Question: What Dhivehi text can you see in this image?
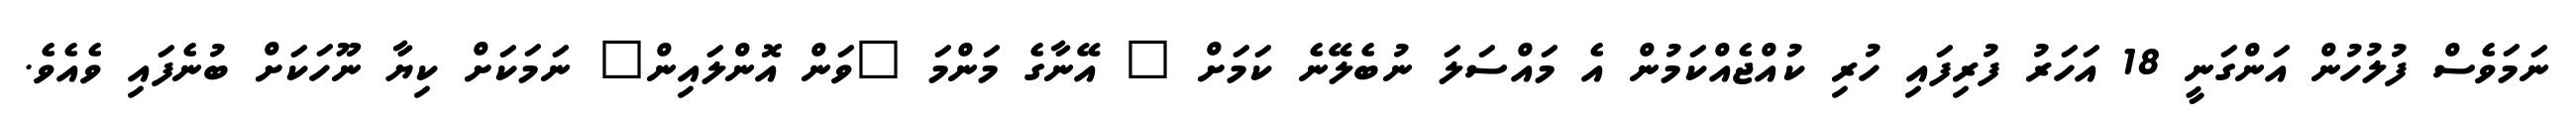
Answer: ނަމަވެސް ފުލުހުން އަންގަނީ 18 އަހަރު ފުރިފައި ހުރި ކުއްޖެއްކަމުން އެ މައްސަލަ ނުބެލޭނެ ކަމަށް " އޭނާގެ މަންމަ "ވަން އޮންލައިން" ނަމަކަށް ކިޔާ ނޫހަކަށް ބުނެފައި ވެއެވެ.